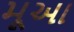
મૂઆ